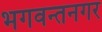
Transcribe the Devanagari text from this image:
भगवन्तनगर